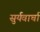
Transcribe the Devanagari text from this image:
सुर्यवार्चा